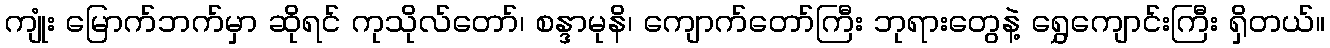
ကျုံး မြောက်ဘက်မှာ ဆိုရင် ကုသိုလ်တော်၊ စန္ဒာမုနိ၊ ကျောက်တော်ကြီး ဘုရားတွေနဲ့ ရွှေကျောင်းကြီး ရှိတယ်။